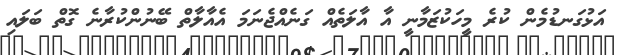
އަޅުގަނޑުމެން ކުރެ މީހަކުޒަމާނީ އާ އާލަތެއް ގަނެއްޖެނަމަ އެއާލާތް ބޭނުންކުރާނެ ގޮތް ބަލައި